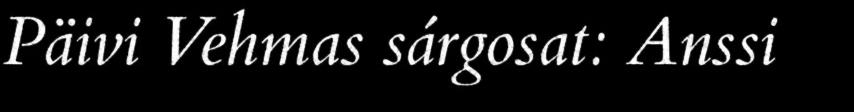
Päivi Vehmas sárgosat: Anssi